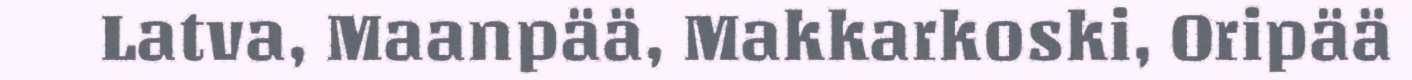
Latva, Maanpää, Makkarkoski, Oripää